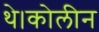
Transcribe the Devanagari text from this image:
थे।कोलीन